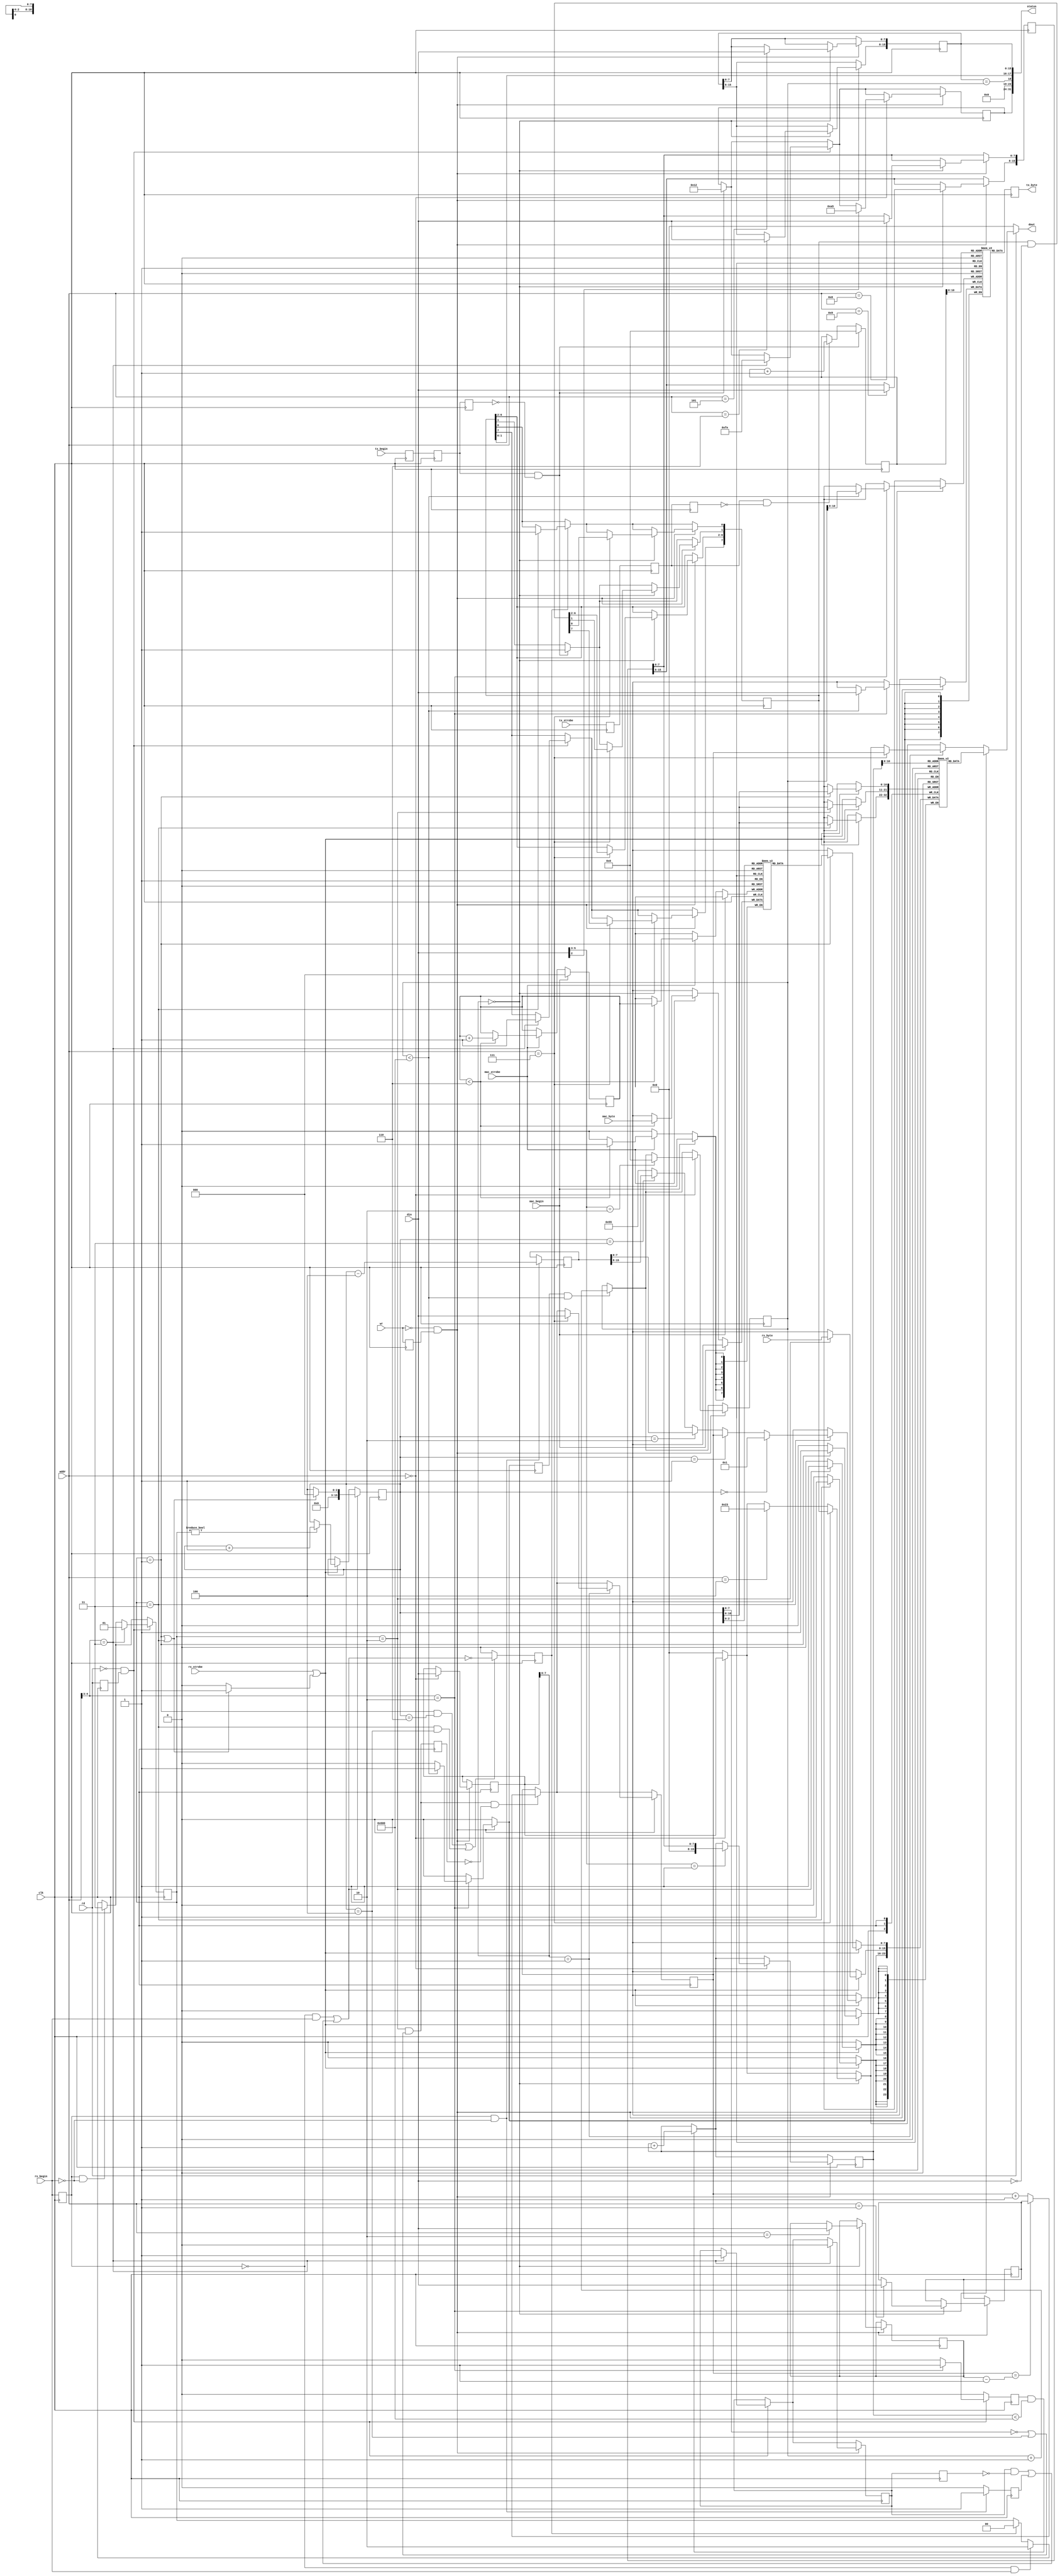
module ethernec (
	// cpu register interface
	input            clk,
	input            rd,
	input            wr,
	input      [4:0] addr,
	input      [7:0] din,
	output reg [7:0] dout,

	// ethernet status word to be read by io controller
	output    [31:0] status,

	// interface to allow the io controller to read frames from the tx buffer
	input            tx_begin,   // rising edge before new tx byte stream is sent
	input            tx_strobe,  // rising edge before each tx byte
	output reg [7:0] tx_byte,    // byte from transmit buffer 

	// interface to allow the io controller to write frames to the tx buffer
	input            rx_begin,   // rising edge before new rx byte stream is sent
	input            rx_strobe,  // rising edge before each rx byte
	input      [7:0] rx_byte,    // byte to be written to rx buffer 

	// interface to allow mac address being set by io controller
	input            mac_begin,   // rising edge before new mac is sent
	input            mac_strobe,  // rising edge before each mac byte
	input      [7:0] mac_byte     // mac address byte
);

// some non-zero and non-all-ones bytes as status flags
localparam STATUS_IDLE       = 8'hfe;
localparam STATUS_TX_PENDING = 8'ha5;
localparam STATUS_TX_DONE    = 8'h12;

reg [7:0] statusCode;
assign status = { statusCode, 5'h00, tbcr == tx_w_cnt, isr[1:0], tbcr };

localparam RX_W_IDLE   = 2'b00;
localparam RX_W_MAC    = 2'b01;
localparam RX_W_DATA   = 2'b10;
localparam RX_W_HEADER = 2'b11;

reg [1:0] rx_w_state;

// ----- bus interface signals as wired up on the ethernec/netusbee ------
// sel[0] = 0xfa0000 -> normal read
// sel[1] = 0xfb0000 -> write through address bus
wire ne_read = rd;
wire ne_write = wr;

reg ne_readD, ne_writeD;
always @(posedge clk) begin
	ne_readD <= ne_read;
	ne_writeD <= ne_write;
end

wire ne_read_en = ~ne_read & ne_readD;
wire ne_write_en = ~ne_write & ne_writeD;

// ---------- ne2000 internal registers -------------
reg reset = 0;
reg [7:0]  cr;             // ne command register
reg [7:0]  isr;            // ne interrupt service register
reg [7:0]  imr;            // interrupt mask register
reg [7:0]  curr;           // current page register
reg [7:0]  bnry;           // boundary page
reg [7:0]  dcr;            
reg [7:0]  rcr;            // receiver control register
reg [7:0]  tcr;            // transmitter control register
reg [7:0]  tpsr;
reg [7:0]  pstart;         // rx buffer ring start page
reg [7:0]  pstop;          // rx buffer ring stop page
reg [7:0]  par [5:0];      // 6 byte mac address register
reg [7:0]  mar [7:0];      // 8 byte multicast hash register
reg [15:0] rbcr;           // receiver byte count register
reg [15:0] rsar;           // receiver address register
reg [15:0] tbcr;           // transmitter byte count register


wire [1:0] ps = cr[7:6];  // register page select

// ------------- rx/tx buffers ------------
localparam FRAMESIZE = 1536;

reg [7:0] rx_buffer [FRAMESIZE+3:0];   // 1 ethernet frame + 4 bytes header
reg [15:0] rx_r_cnt, rx_w_cnt;         // receive buffer byte counter

reg [7:0] tx_buffer [FRAMESIZE-1:0];   // 1 ethernet frame
reg [15:0] tx_w_cnt, tx_r_cnt;         // transmit buffer byte counter

// ------------- io controller read access to tx buffer ------------
always @(posedge clk) begin
	tx_byte <= tx_buffer[tx_r_cnt];

	if (tx_done)
		tx_r_cnt <= 0;
	else if (tx_strobe_r2 & ~tx_strobe_r3)
		tx_r_cnt <= tx_r_cnt + 1'd1;

end

reg tx_begin_r, tx_begin_r2, tx_begin_r3;
reg tx_strobe_r, tx_strobe_r2, tx_strobe_r3;
reg rx_begin_d;

always @(posedge clk) begin
	{tx_begin_r3, tx_begin_r2, tx_begin_r} <= {tx_begin_r2, tx_begin_r, tx_begin};
	{tx_strobe_r3, tx_strobe_r2, tx_strobe_r} <= {tx_strobe_r2, tx_strobe_r, tx_strobe};
	rx_begin_d <= rx_begin;
end
wire tx_done = tx_begin_r2 & !tx_begin_r3;

// ------------- set local mac address ------------

// mac address from io controller
reg [7:0] mac [5:0];
reg [2:0] mac_cnt;

always @(posedge clk) begin
	if (mac_begin)
		mac_cnt <= 0;
	else if (mac_strobe) begin
		if(mac_cnt < 6) begin
			mac[mac_cnt] <= mac_byte;
			mac_cnt <= mac_cnt + 3'd1;
		end
	end
end

// cpu register read
always @(*) begin
	dout = 8'd0;
	if(ne_read) begin            // $faxxxx
		// cr, dma and reset are always available
		if(addr == 5'h00)   dout = cr;

		// register page 0
		if(ps == 2'd0) begin
			if(addr == 5'h04) dout = 8'h23;   // tsr: tx ok
			if(addr == 5'h07) dout = isr;
		end
		
		// register page 1
		if(ps == 2'd1) begin
			if(addr == 5'h07) dout = curr;
		end

		// read dma register $10 - $17
		if(addr[4:3] == 2'b10)
			dout = rx_buffer[rx_r_cnt];

	end
end

reg resetD;

// delay internal reset signal
always @(posedge clk) resetD <= reset;

// generate an internal strobe signal to copy mac address and to setup header
wire int_strobe_en = ((rx_w_state == RX_W_MAC)||(rx_w_state == RX_W_HEADER)) ? 1'b1 : 1'b0;

// internal mac transfer is started at the begin of the reset, internal header
// transfer is started at the end of the data transmission
wire int_begin = (reset & !resetD) || header_begin;

// Several sources can write into the rx_buffer. The user_io SPI client receiving 
// data from the io controller or the ethernec core itself setting the mac address
// or adding the rx header 

wire rx_write_en = rx_strobe || int_strobe_en;
wire rx_write_begin = (!rx_begin_d & rx_begin) || int_begin;

reg rx_lastByte;

// the ne2000 page size is 256 bytes. thus the page counters are increased
// every 256 bytes when a data transfer is in progress. First page is used when
// the first byte is written to 0x0004
wire rx_new_page = (rx_w_state == RX_W_DATA) && ((rx_w_cnt[7:0] == 8'h00) || (rx_w_cnt == 14'h0004));
reg rx_new_pageD;
always @(posedge clk)
	rx_new_pageD <= rx_new_page;
	
// -------- dummy page counter ---------
reg [7:0] rx_page_cnt;
always @(posedge clk) begin
	if(rx_new_page && !rx_new_pageD)
		rx_page_cnt <= rx_page_cnt + 8'd1;
end

// state/counter handling on one edge
always @(posedge clk) begin
	if(rx_write_begin) begin
		if(rx_w_state == RX_W_MAC || rx_w_state == RX_W_HEADER) begin
			rx_w_cnt <= 16'd0;  // mac and header is written to begin of buffer
		end else  begin
			// payload starts at byte 4 (after ne2000 header)
			rx_w_cnt <= 16'd4;
		end
		
	end else if (rx_write_en) begin
		if(rx_w_state != RX_W_IDLE) begin
			// after reset the mac is written to the first 6 bytes of the rx buffer
			rx_w_cnt <= rx_w_cnt + 16'd1;
		end 
	end
end

reg [15:0] rx_len;  // number of bytes received from io controller

wire [7:0] header_byte = 
	(rx_w_cnt==0)?8'h01:
	(rx_w_cnt==1)?curr:
	(rx_w_cnt==2)?rx_len[7:0]:
	(rx_w_cnt==3)?rx_len[15:8]:
	8'h55;

always @(posedge clk) begin
	rx_lastByte <= 1'b0;

	if(((rx_w_state == RX_W_MAC) && (rx_w_cnt == 3'd6)) ||
		((rx_w_state == RX_W_HEADER) && (rx_w_cnt == 3'd4)))
		rx_lastByte <= !rx_write_begin;
end

// data transfer on other edge
always @(posedge clk) begin
	if (rx_write_en) begin
		case (rx_w_state)
			RX_W_MAC:    rx_buffer[rx_w_cnt] <= mac[rx_w_cnt];
			RX_W_DATA:   rx_buffer[rx_w_cnt] <= rx_byte;
			RX_W_HEADER: rx_buffer[rx_w_cnt] <= header_byte;
			default: ;
		endcase
	end
end

// register to delay receive counter increment by one cycle so this 
// does happen after the read cycle has finished
reg rx_inc;
reg tx_inc;

// generate flag indicating that a header transfer is about to begin
reg header_begin;
always @(posedge clk) begin
	header_begin <= 1'b0;

	if(rx_begin_d & !rx_begin)
		header_begin <= 1'b1;
end

// write counter - header size (4) = number of bytes written
always @(posedge clk)
	if (rx_begin_d & !rx_begin)
		rx_len <= rx_w_cnt - 16'd4;
		
// cpu write via read
always @(posedge clk) begin

	// rising edge of new page signal causes current page counter to advance
	// make sure counter stays within the limits of pstart/pstop
	if(rx_new_page && !rx_new_pageD) begin
		if(curr == (pstop-8'd1)) curr <= pstart;
		else              		 curr <= curr + 8'd1;
	end

	// last byte ends a mac or header transfer and causes the
	// receiver state machine to return to the idle state
	if(rx_lastByte) begin
		rx_w_state <= RX_W_IDLE;
		
		// trigger rx interrupt (PRX) at end of transfer
		if(rx_w_state == RX_W_HEADER) 
			isr[0] <= 1'b1;
	end

	// The rising edge of rx_begin indicates the start of a data transfer
	if(!rx_begin_d && rx_begin)
		rx_w_state <= RX_W_DATA;

	// The falling edge of rx_begin marks the end of a data transfer.
	// So we start setting up the pkt header after the end of the transfer
	if(rx_begin_d && !rx_begin) 
		rx_w_state <= RX_W_HEADER;

	// cpu has read a byte from the rx buffer -> increase rx buffer read pointer
	rx_inc <= 1'b0;
	if(rx_inc && (rx_r_cnt < FRAMESIZE))
		rx_r_cnt <= rx_r_cnt + 16'd1;

	// cpu has written a byte to the tx buffer -> increase tx buffer write pointer
	tx_inc <= 1'b0;
	if(tx_inc && (tx_w_cnt < FRAMESIZE))
		tx_w_cnt <= tx_w_cnt + 16'd1;

	// signal end of transmission if tx buffer has been read by
	// io controller
	if(tx_done) begin
		isr[1] <= 1'b1;  // PTX
		statusCode <= STATUS_TX_DONE;
	end
	
	// if cpu reads have internal side effects then ths is handled
	// here (and not in the "register read" block above)
	if(ne_read_en) begin
		// register page 0
		if(ps == 2'd0) begin
		end
		
		// register page 1
		if(ps == 2'd1) begin
		end

		// read dma register $10-$17
		if(addr[4:3] == 2'b10)
			rx_inc <= 1'b1;
		
		// read reset register $18-$1f
		if(addr[4:3] == 2'b11) begin
			reset <= 1'b1;      // read to reset register sets reset
			isr[7] <= 1'b1;     // set reset flag in isr
			
			statusCode <= STATUS_IDLE;
			rx_w_state <= RX_W_MAC;   // mac address copy
		end
	end

	if(ne_write_en) begin
		if(addr == 5'h00) begin	
			cr <= din;
			
			// writing the command register may actually start things ...

			// check for remote read
			if(din[5:3] == 3'd1) begin
				// this sets the receive counter, so data is being
				// read from the position specified in rsar of the buffer	
				rx_r_cnt <= { 8'h00, rsar[7:0] };		
			end

			// check for remote write
			if(din[5:3] == 3'd2) begin
				// this resets the transmit counter, so data is being
				// written to the beginning of the buffer	
				tx_w_cnt <= 16'h0000;
			end

			// check if TX bit was set
			if(din[2]) begin
				// tx buffer is now full and its contents need to be sent to
				// the io controller which in turn forwards it to its own nic

				// number of bytes to be transmitted is in tbcr, tx_w_cnt should
				// contain the same value since this is the number of write
				// cycles performed on the tx buffer
				statusCode <= STATUS_TX_PENDING;
				
				// once the io controller has sent the packet bit 2 in the isr
				// is being set. This will cause the ne2000 driver on atari side
				// to start filling the tx buffer again
			end
			
		end
			
		// register page 0
		if(ps == 2'd0) begin
			case (addr)
				5'h01: pstart <= din;
				5'h02: pstop <= din;
				5'h03: bnry <= din;
				5'h04: tpsr <= din;
				5'h05: tbcr[7:0] <= din;
				5'h06: tbcr[15:8] <= din;
				5'h07: isr <= isr & (~din);   // writing 1 clears bit
				5'h08: rsar[7:0] <= din;
				5'h09: rsar[15:8] <= din;
				5'h0a: rbcr[7:0] <= din;
				5'h0b: rbcr[15:8] <= din;
				5'h0c: rcr <= din;
				5'h0d: tcr <= din;
				5'h0e: dcr <= din;
				5'h0f: imr <= din;
				default: ;
			endcase
		end
		
		// register page 1
		if(ps == 2'd1) begin
			if((addr >= 5'h01) && (addr < 5'h07)) 
				par[addr-5'd1] <= din;
				
			if(addr == 5'h07) curr <= din;
			
			if((addr >= 5'h08) && (addr < 5'h10)) 
				mar[addr-5'd8] <= din;
		end

		// write to dma register $10-$17
		if(addr[4:3] == 2'b10) begin
			// prevent writing over end of buffer (whatever then happens ...)
			if(tx_w_cnt < FRAMESIZE) begin
				// store byte in buffer
				tx_buffer[tx_w_cnt] <= din;
			
				// increase byte counter
				tx_inc <= 1'b1;
			end
		end
		
		// reset register $18-$1f
		if(addr[4:3] == 2'b11)
			reset <= 1'b0; // write to reset register clears reset

	end
end

endmodule